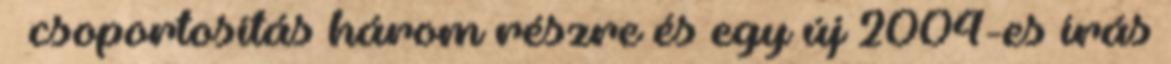
» csoportosítás három részre és egy új 2004-es írás